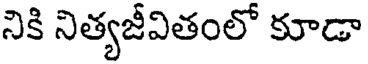
నికి నిత్యజీవితంలో కూడా